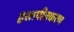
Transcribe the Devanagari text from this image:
हस्तपीतकरण